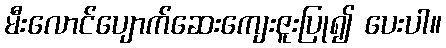
မီးလောင်ပျောက်ဆေးကျေးဇူးပြု၍ ပေးပါ။